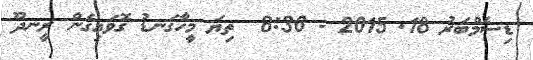
ޑިސެމްބަރު 18